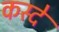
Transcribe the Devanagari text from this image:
कस्दे